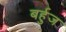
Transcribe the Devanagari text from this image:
बर्हुज